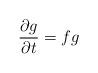
LaTeX: \begin{align*}\frac{\partial g}{\partial t}=fg\end{align*}